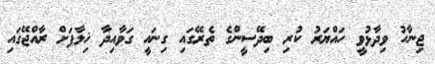
ޖިނާހު ވިދާޅުވީ ހައްޔަރު ކުރި ބިދޭސީންގެ ތެރޭގައި ގިނައީ ގަވާއިދާ ޚިލާފަށް ރާއްޖޭގައި